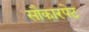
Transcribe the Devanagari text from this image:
सौकारपेट